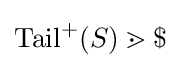
\mathrm {Tail} ^{+}(S)\gtrdot \$